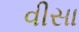
વીસા